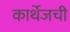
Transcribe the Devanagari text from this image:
कार्थेजची